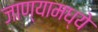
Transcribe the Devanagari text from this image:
जाण्यामध्ये